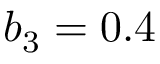
b _ { 3 } = 0 . 4